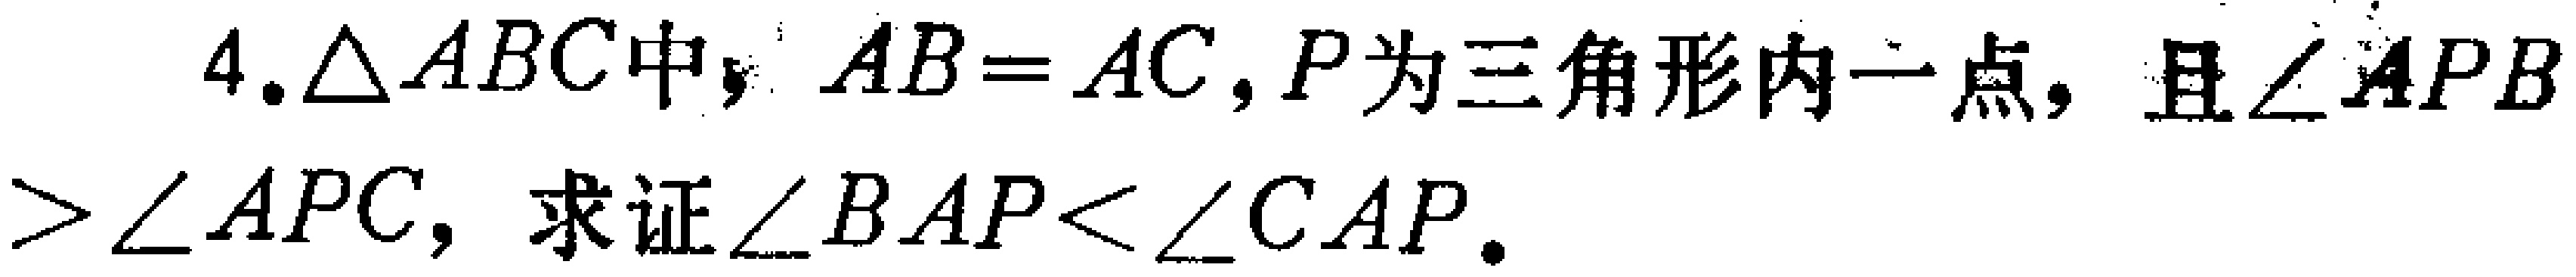
4.$\triangle ABC$中，$AB = AC$，$P$为三角形内一点，且$\angle APB>\angle APC$，求证$\angle BAP<\angle CAP$.